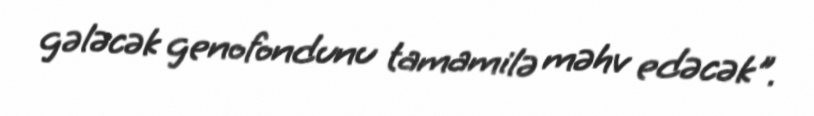
gələcək genofondunu tamamilə məhv edəcək".